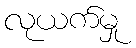
လုယက်မှု